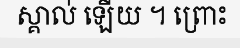
ស្គាល់ ឡើយ ។ ព្រោះ